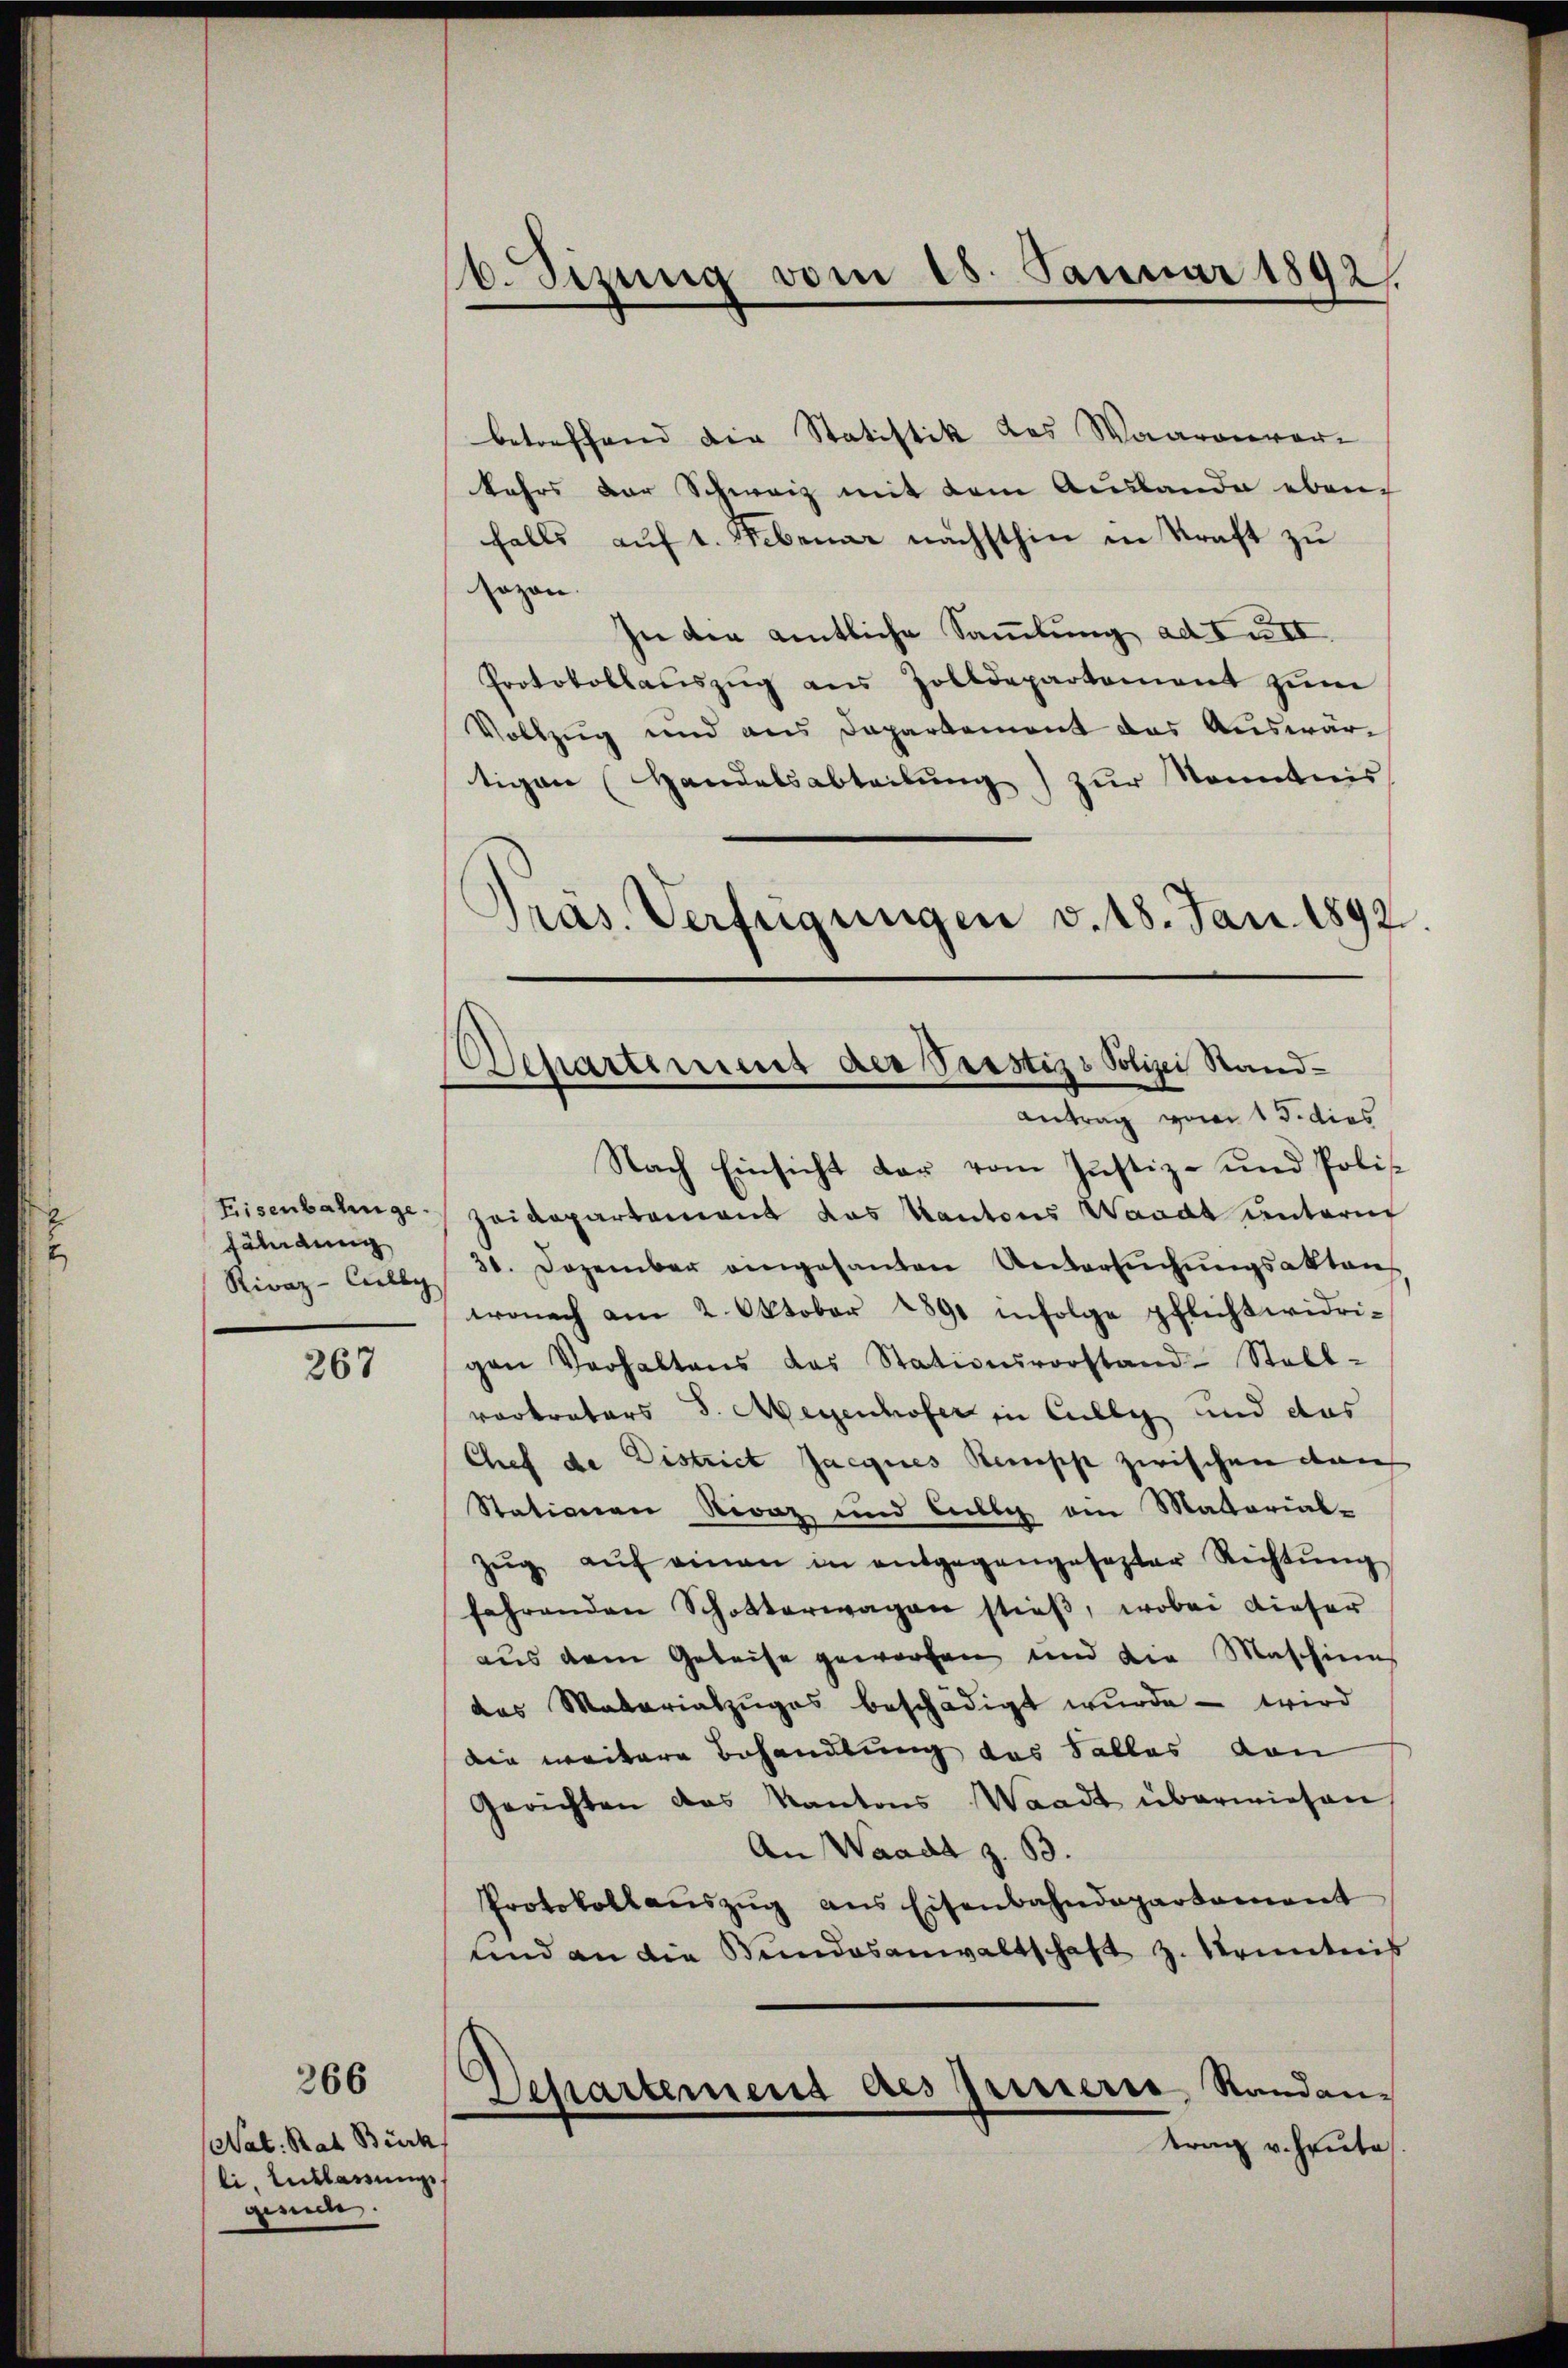
Eisenbahnge.
fährdung
Rivaz-Cully

267

266

Nat. Rath Büch
li. Entlassung
gincl.

16. Sizung vom 18. Januar 1892.

Separtement der Pastiz & Polizei Stand¬
Antrag vom 15. dies

betreffend die Statistik des Waarenvor-
kehrs der Schweiz mit dem Auslande eben
falls auf 1. Februar nächsthin in Kraft zu
sozon.
In der amtliche Sammlung ad III.
Protokollaŭszŭg ans Zolldepartement zŭm
Vollzug und aus Departement das Auswärtigen (Handelsabteilung) zur Kenntnis
Pras. Verfügungen v. 18. Jan. 1892.

Nach Einsicht der vom Justiz- und Poli¬
Zeidepartement das Kantons Waadt untern
31. Dezember eingesanden Untersŭchŭngsaktens
wonach am 2. Oktober 1891 infolge pflichtwidrigen Verhaltens das Stationsvorstand-Stell-
verkraters S. Meyenhofer in Cully und das
Chef de District Jacques Recess zwischen Rauch
Stationen Rivaz und Luble am Mattorial-
Zŭg aŭf einen in entgegangesezter Richtŭng
fahrenden Schotterwagen stieß, wobei dieser
aus dem Geleise geworfen und die Maschine
das Materiabzŭges beschädigt wurde - wird
die weitere Behandlung des Falles von
Gerichten das Kantons Waadt überwiesen
An Waadt z. B.
Protokollaŭszŭg ans Eisenbahndepartement
und an die Bundesanwaltschaft z. Kenntnis
Separtemens des Grisierte Randan-
trag v. heute